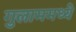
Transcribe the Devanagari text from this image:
गुलाममध्ये